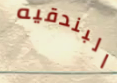
البندقيه